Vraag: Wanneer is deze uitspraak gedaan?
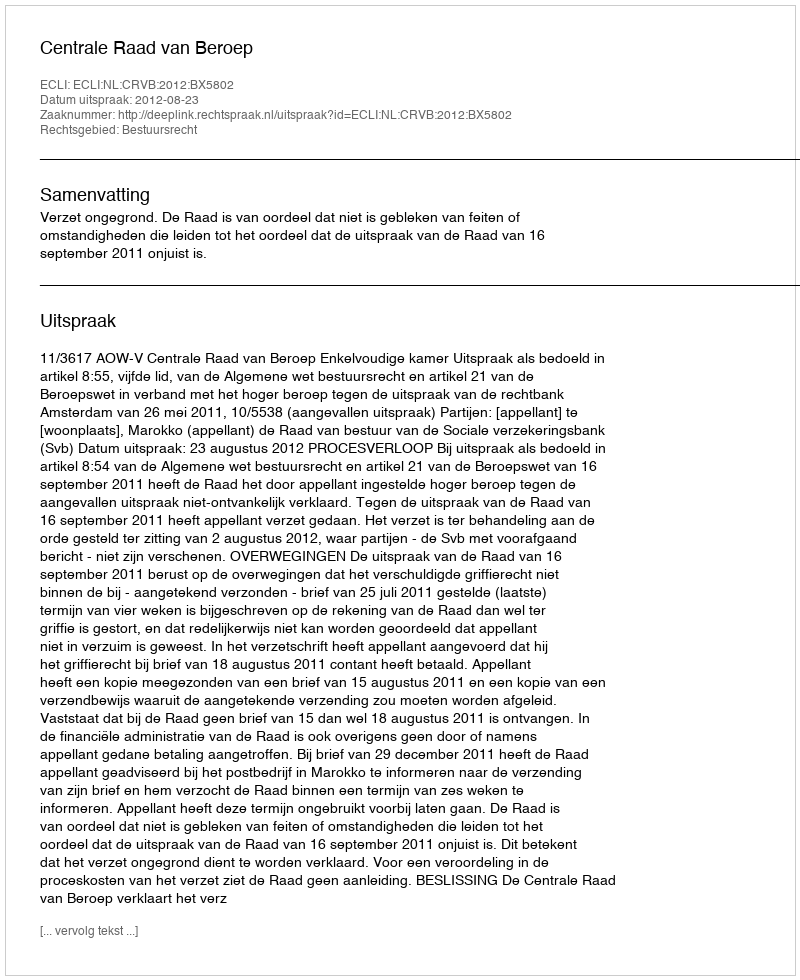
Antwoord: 2012-08-23